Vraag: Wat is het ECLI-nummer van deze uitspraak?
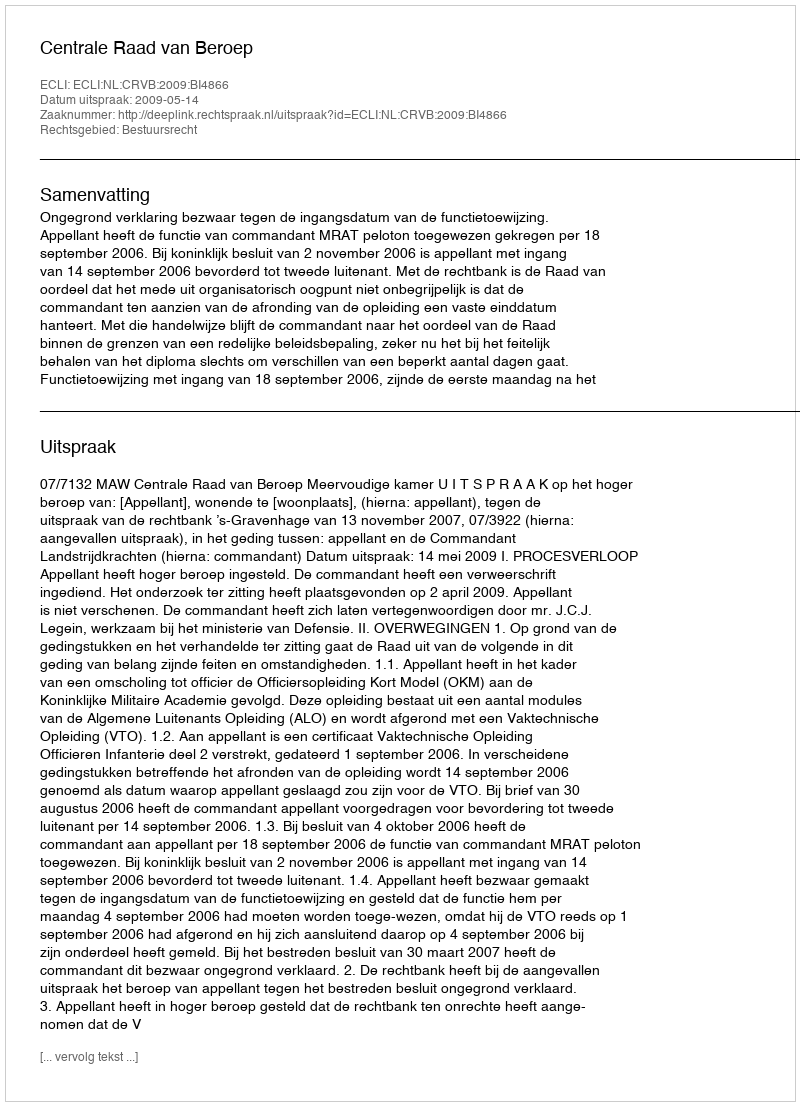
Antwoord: ECLI:NL:CRVB:2009:BI4866